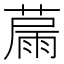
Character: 𦸢